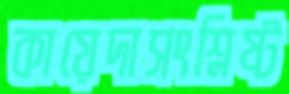
কায়েদাসংশ্লিষ্ট